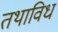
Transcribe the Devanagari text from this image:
तथाविधं